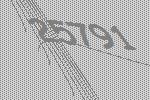
25791